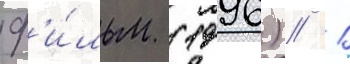
Ф'и́льм (1996) // 1